Medical and sanitary report of the native army of Bengal for the year
Year: 1875
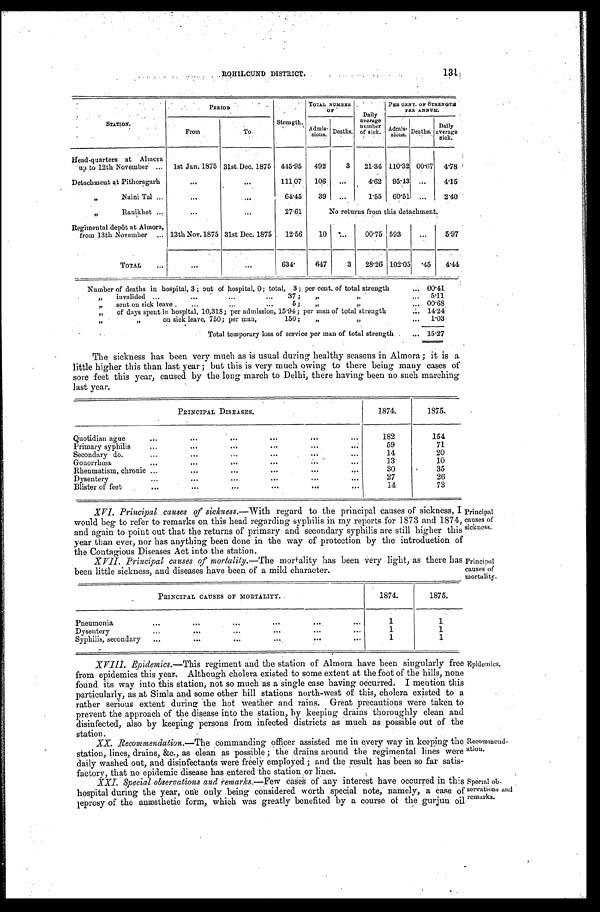
ROHILCUND DISTRICT.
STATION.
PERIOD
Strength.
TOTAL NUMBER
OF
Daily
average
number of sick.
PER CENT. OF STRENGTH P E R A N N U M.
From
To
Admi s-si ons. Deaths.
A d m i s - s i o n s .
Deaths. Daily
average
sick.
Head.quarters at Almora
up to 12th November . . . 1st Jan. 1875 31st.Dec. 1875. 445.95 492
3 21.34 110.32 00.67 4.78
Detachment at Pithoragarh . . .
. . .
. . .
111 07
1 0 6 . . .
4.62 95.43 . . .
4.15
Naini Tal . . .
. . .
. . .
64.45
39
. . .
1.55 60.51 . . .
2.40
Ranikhet . . .
. . .
. . .
27.61
No returns from this detachment.
Regimental depôt at Almora,
from 13th November . . . 13th Nov.1875 . . . 31st Dec. 1875 12.56
10
. . .
00.75 593
. . .
5.97
TOTAL . . .
. . .
. . .
634
647
3 28.26 102.05
. 4 5 4.44
Number of deaths in hospital, 3; out of hospital, 0; total, 3; per cent. of total strength . . . 00.41
" i n v a l i d e d . . . 3 7 ; " " . . .
5.11
" sent on sick leave 5; " " . . . 00.68
" " o f d a y s s p e n t i n h o s p i t a l , 1 0 , 3 1 8 ; p e r a d m i s s i o n , , 1 5 . 9 4 ; p e r m a n o f t o t a l s t r e n g t h . . .
14.24:
"
on sick leave, 750; per man, 150; " " . . . 1.03
Total temporary loss of service per man of total strength . . . 15.27
The sickness has been very much as is usual during healthy seasons in Almora; it is a
little higher this than last year; but this is very much owing to there being many cases of
sore feet this year, caused by the long march to Delhi, there having been no such marching
last year.
PRINCIPAL DISEASES,
1874.
1875.
Quotidian ague . . .
182
154
Primary syphilis . . .
59
71
Secondary do . . .
14
20
Gonorrhœa . . .
1 3 .
10
Rheumatism, chronic . . .
30
35
Dysentery . . .
27
26
Blister of feet . . .
14
73
XVI. Principal causes of sickness.— With regard to the principal causes of sickness, I
would beg to refer to remarks on this head regarding syphilis in my reports for 1873 and 1874,
and again to point out that the returns of primaryand secondary syphilis are still higher this
year than ever, nor has anything been done in the way of protection by the introduction of
the Contagious Diseases Act into the station.
XVII. Principal causes of mortality.— The mortality has been very light, as there has
been little sickness, and diseases have been of a mild character.
PRINCIPAL CAUSES OF MORTALITY.
1874.
1875.
Pneumonia . . .
1
1
Dysentery . . .
1
1
Syphilis, secondary . . .
1
1
Principal
causes of
sickness.
Principal
causes of
mortality.
XVIII. Epidemics.—This regiment and the station of Almora have been singularly free
from epidemics this year. Although cholera existed to some extent at the foot of the hills, none
found its way into this station, not so much as a single case having occurred. I mention this
particularly, as at Simla and some other hill stations north-west of this, cholera existed to a
rather serious extent during the hot weather and rains. Great precautions were taken to
prevent the approach of the disease into the station, by keeping drains thoroughly clean and
disinfected, also by keeping persons from infected districts as much as possible out of the
station.
XX. Recommendation.—The commanuing officer assisted me in every way in keeping the
station, lines, drains, &c., as clean as possible; the drains around the regimental lines were
daily washed out, and disinfectants were freely employed; and the result has been so far satis
-
factory, that no epidemic disease has entered the station or lines.
XXI. Special observations and remarks.—Few cases of any interest have occurred in this
hospital during the year, one only being considered worth special note, namely, a ease of
leprosy of the anæsthetic form, which was greatly benefited by a course of the gurjun oil
Epidemics,
Recommend-
ation.
Special ob-
servations and
remarks.